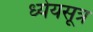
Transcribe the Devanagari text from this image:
ध्येयसूत्र